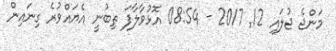
މަންޖެ ޖުލައި 12